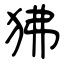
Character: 狒